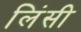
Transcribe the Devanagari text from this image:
लिंसी